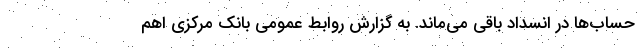
حساب‌ها در انسداد باقی می‌ماند. به گزارش روابط عمومی بانک مرکزی اهم